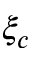
\xi _ { c }